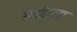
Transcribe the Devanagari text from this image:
अत्तोस्स